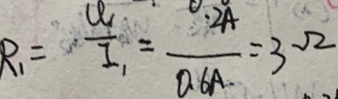
R _ { 1 } = \frac { U _ { 1 } } { I _ { 1 } } = \frac { 0 . 2 A } { 0 . 6 A } = 3 \Omega